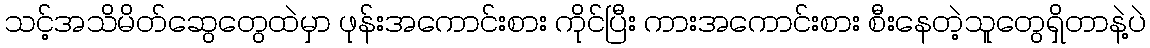
သင့်အသိမိတ်ဆွေတွေထဲမှာ ဖုန်းအကောင်းစား ကိုင်ပြီး ကားအကောင်းစား စီးနေတဲ့သူတွေရှိတာနဲ့ပဲ